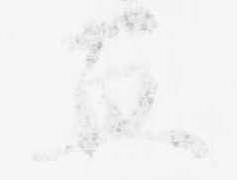
直